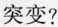
突变?